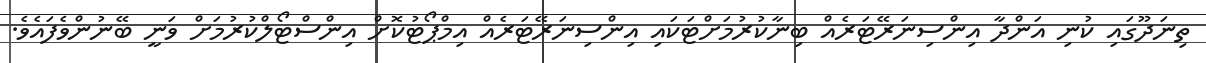
ތިނަދޫގައި ކުނި އަންދާ އިންސިނަރޭޓަރެއް ބިނާކުރުމަށްޓަކައި އިންސިނަރޭޓަރެއް އިމްޕޯޓުކޮށް އިންސްޓޯލްކުރުމަށް ވަނީ ބޭނުންވެފައެވެ.